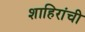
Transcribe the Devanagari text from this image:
शाहिरांची